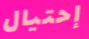
إحتيال